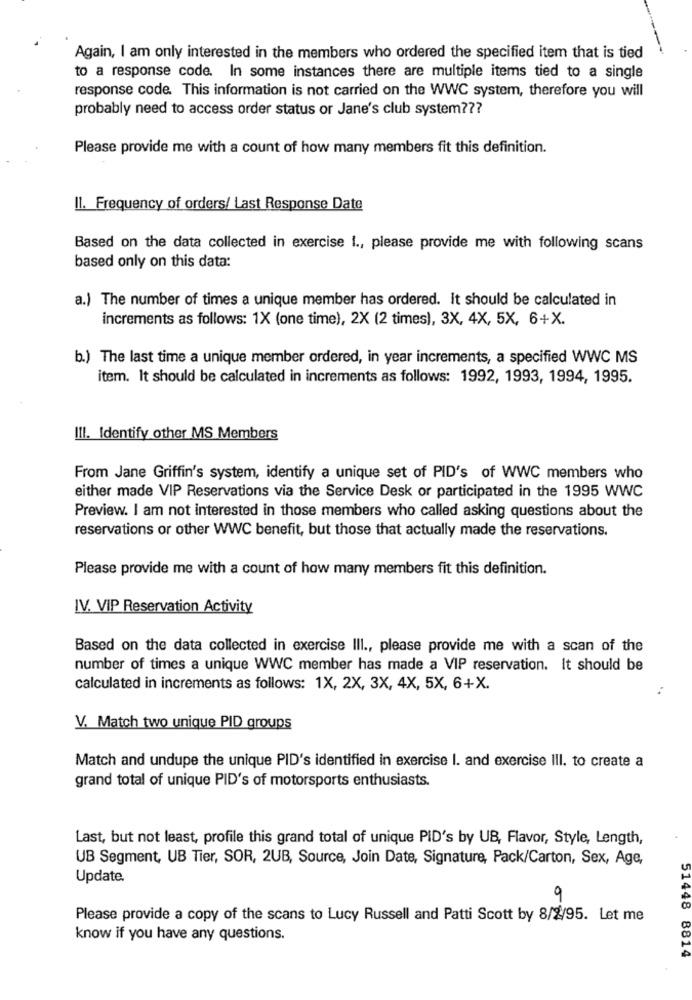
Again, I am only interested in the members who ordered the specified item that is tied
to a response code. In some instances there are multiple items tied to a single
response code. This information is not carried on the WWC system, therefore you will
probably need to access order status or Jane's club system ???
Please provide me with a count of how many members fit this definition.
Il. Frequency of orders/ Last Response Date
Based on the data collected in exercise l ., please provide me with following scans
based only on this data:
a.) The number of times a unique member has ordered. It should be calculated in
increments as follows: 1X (one time), 2X (2 times), 3X, 4X, 5X, 6+X.
b.) The last time a unique member ordered, in year increments, a specified WWC MS
item. It should be calculated in increments as follows: 1992, 1993, 1994, 1995.
III. Identify other MS Members
From Jane Griffin's system, identify a unique set of PID's of WWC members who
either made VIP Reservations via the Service Desk or participated in the 1995 WWC
Preview. I am not interested in those members who called asking questions about the
reservations or other WWC benefit, but those that actually made the reservations.
Please provide me with a count of how many members fit this definition.
IV. VIP Reservation Activity
Based on the data collected in exercise III ., please provide me with a scan of the
number of times a unique WWC member has made a VIP reservation. It should be
calculated in increments as follows: 1X, 2X, 3X, 4X, 5X, 6+X.
V. Match two unique PID groups
Match and undupe the unique PID's identified in exercise I. and exercise III. to create a
grand total of unique PID's of motorsports enthusiasts.
Last, but not least, profile this grand total of unique PID's by UB, Flavor, Style, Length,
UB Segment, UB Tier, SOR, 2UB, Source, Join Date, Signature, Pack/Carton, Sex, Age,
Update.
9
51448
Please provide a copy of the scans to Lucy Russell and Patti Scott by 8/2/95. Let me
know if you have any questions.
8814